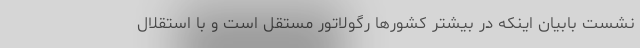
نشست بابیان اینکه در بیشتر کشورها رگولاتور مستقل است و با استقلال